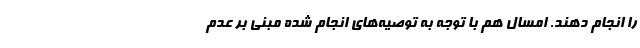
را انجام دهند. امسال هم با توجه به توصیه‌های انجام شده مبنی بر عدم